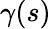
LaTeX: \gamma(s)